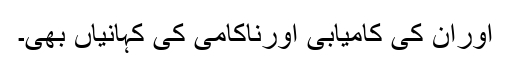
اوران کی کامیابی اورناکامی کی کہانیاں بھی۔